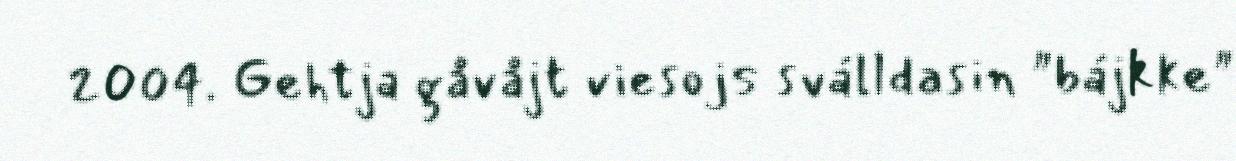
2004. Gehtja gåvåjt viesojs sválldasin "bájkke"